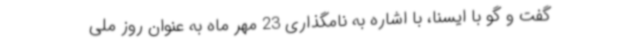
گفت و گو با ایسنا، با اشاره به نامگذاری 23 مهر ماه به عنوان روز ملی